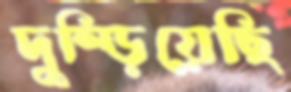
দুম্‌ড়িয়েছি